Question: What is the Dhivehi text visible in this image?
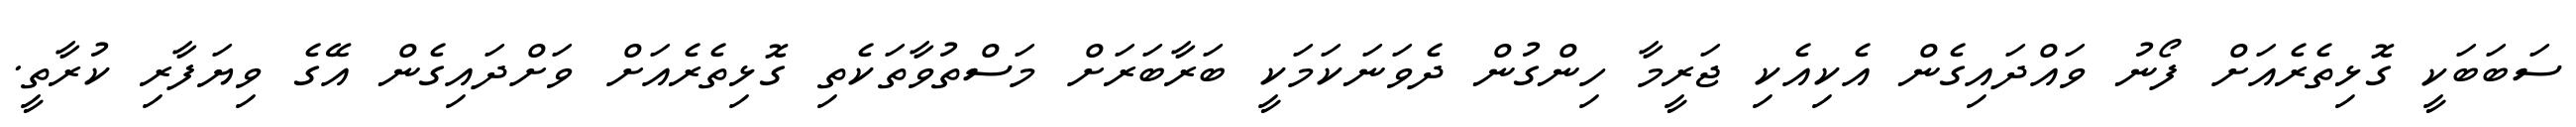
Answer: ސަބަބަކީ ގޮޅިތެރެއަށް ފޯނު ވައްދައިގެން އެކިއެކި ޖަރީމާ ހިންގުން ދެވަނަކަމަކީ ބަރާބަރަށް މަސްތުވާތަކެތި ގޮޅިތެރެއަށް ވަށްދައިގެން އޭގެ ވިޔަފާރި ކުރާތީ.